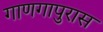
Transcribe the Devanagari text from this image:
गाणगापुरास